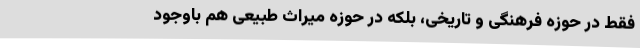
فقط در حوزه‌ فرهنگی و تاریخی، بلکه در حوزه‌ میراث طبیعی هم باوجود